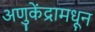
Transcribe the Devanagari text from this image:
अणुकेंद्रामधून